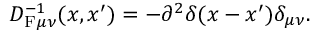
D _ { \mathrm { F } \mu \nu } ^ { - 1 } ( x , x ^ { \prime } ) = - \partial ^ { 2 } \delta ( x - x ^ { \prime } ) \delta _ { \mu \nu } .